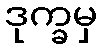
ဒုက္ခမှ